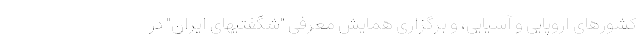
کشورهای اروپایی و آسیایی، و برگزاری همایش معرفی "شگفتیهای ایران" در